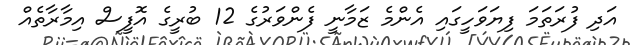
އަދި ފުރަތަމަ ފިޔަވަހީގައި އެންމެ ޒަމާނީ ފެންވަރުގެ 12 ބުރީގެ އޮފީސް އިމާރާތެއް